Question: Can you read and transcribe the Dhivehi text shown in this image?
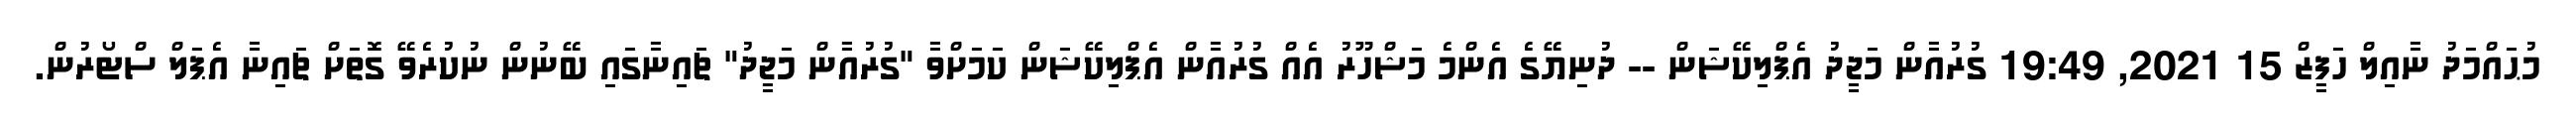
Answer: މުޙައްމަދު ނާއިލް ހަފީޒް 15 2021, 19:49 ގުރުއާން މަޖީދު އެޕްލިކޭޝަން -- ދުނިޔޭގެ އެންމެ މަޝްހޫރު އެއް ގުރުއާން އެޕްލިކޭޝަން ކަމަށްވާ "ގުރުއާން މަޖީދު" ޗައިނާގައި ބޭނުން ނުކުރެވޭ ގޮތަށް ޗައިނާ އެޕަލް ސްޓޯރުން.